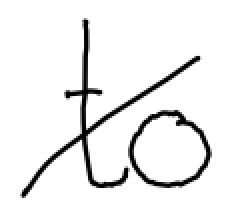
Text: to
Cross-out: diagonal
Writing tool: digital_black